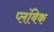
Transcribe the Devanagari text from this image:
प्लंबिक